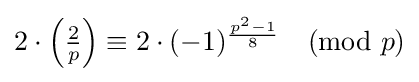
{\textstyle 2\cdot \left({\frac {2}{p}}\right)\equiv 2\cdot (-1)^{\frac {p^{2}-1}{8}}{\pmod {p}}}